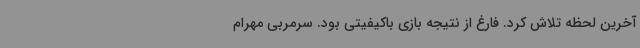
آخرین لحظه تلاش کرد. فارغ از نتیجه بازی باکیفیتی بود. سرمربی مهرام